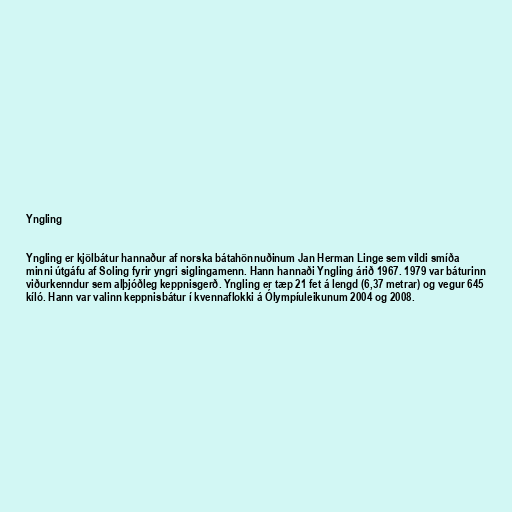
Yngling

Yngling er kjölbátur hannaður af norska bátahönnuðinum Jan Herman Linge sem vildi smíða
minni útgáfu af Soling fyrir yngri siglingamenn. Hann hannaði Yngling árið 1967. 1979 var báturinn
viðurkenndur sem alþjóðleg keppnisgerð. Yngling er tæp 21 fet á lengd (6,37 metrar) og vegur 645
kíló. Hann var valinn keppnisbátur í kvennaflokki á Ólympíuleikunum 2004 og 2008.